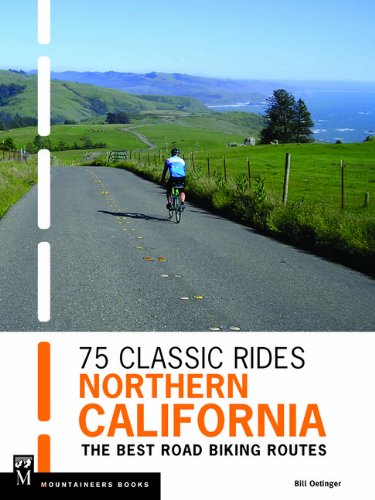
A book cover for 75 Classic Rides Northern California: The Best Road Biking Routes; Bill Oetinger; Sports & Outdoors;